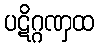
ပဋိဂ္ဂဏှထ